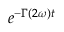
e ^ { - \Gamma ( 2 \omega ) t }